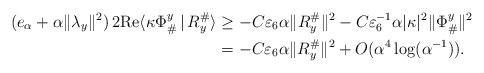
LaTeX: \begin{align*}(e_{\alpha} + \alpha \|\lambda_y\|^2)\, 2 \mathrm{Re}\langle \kappa \Phi_{\#}^y\,|\, R^{\#}_y\rangle &\geq - C \varepsilon_6 \alpha \|R^{\#}_y\|^2 -C \varepsilon_6^{-1} \alpha |\kappa|^2 \|\Phi_{\#}^y\|^2 \\&= - C \varepsilon_6 \alpha \|R^{\#}_y\|^2 + O(\alpha^4 \log(\alpha^{-1})). \end{align*}